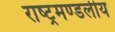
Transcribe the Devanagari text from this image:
राष्‍ट्रमण्‍डलीय